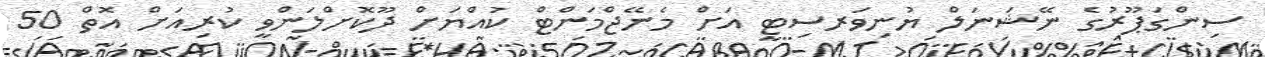
ސިންގަޕޫރުގެ ނޭޝަނަލް ޔުނިވަރސިޓީ އަށް މެނޭޖްމަންޓް ކުއްޔަށް ދޫކޮށްލަންވީ ކުރިއަށް އޮތް 50